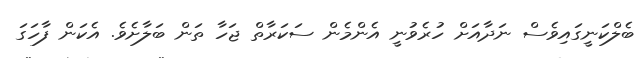
ބެލްކަނީގައިވެސް ނަދާއަށް ހުރެވުނީ އެންމެން ސަކަރާތް ޖަހާ ތަން ބަލާށެވެ. އެކަން ފާހަގަ